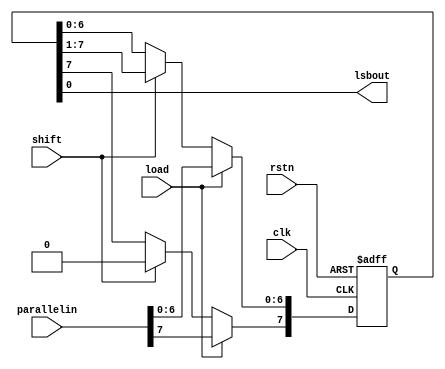
module sr_lsb_first(clk, rstn, load, shift, parallelin, lsbout);
	input clk;
	input rstn;
	input load;
	input shift;
	input [7:0] parallelin;
	output lsbout;
	reg [7:0] shiftreg;
	assign lsbout = shiftreg[0];
	always @(posedge clk or negedge rstn) begin
		if(rstn == 0)
			shiftreg <= 0;
		else begin
			if(load == 1)
				shiftreg <= parallelin;
			else if (shift == 1) begin
				shiftreg[6:0] <= shiftreg[7:1];
				shiftreg[7] <= 0;
			end
		end
	end
endmodule